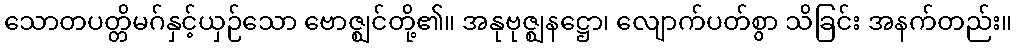
သောတပတ္တိမဂ်နှင့်ယှဉ်သော ဗောဇ္ဈင်တို့၏။ အနုဗုဇ္ဈနဋ္ဌော၊ လျောက်ပတ်စွာ သိခြင်း အနက်တည်း။